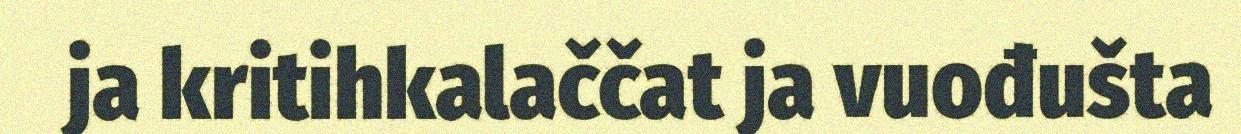
ja kritihkalaččat ja vuođušta